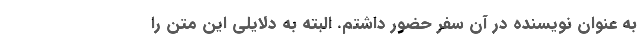
به عنوان نویسنده در آن سفر حضور داشتم. البته به دلایلی این متن را